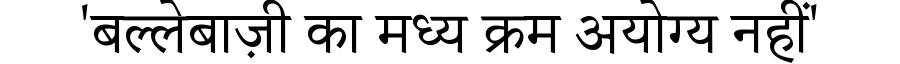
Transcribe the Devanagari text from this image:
'बल्लेबाज़ी का मध्य क्रम अयोग्य नहीं'